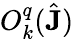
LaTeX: O_{k}^{q}(\hat{\mathbf{J}})